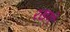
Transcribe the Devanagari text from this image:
रखणे